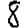
Digit: 8